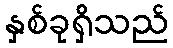
နှစ်ခုရှိသည်